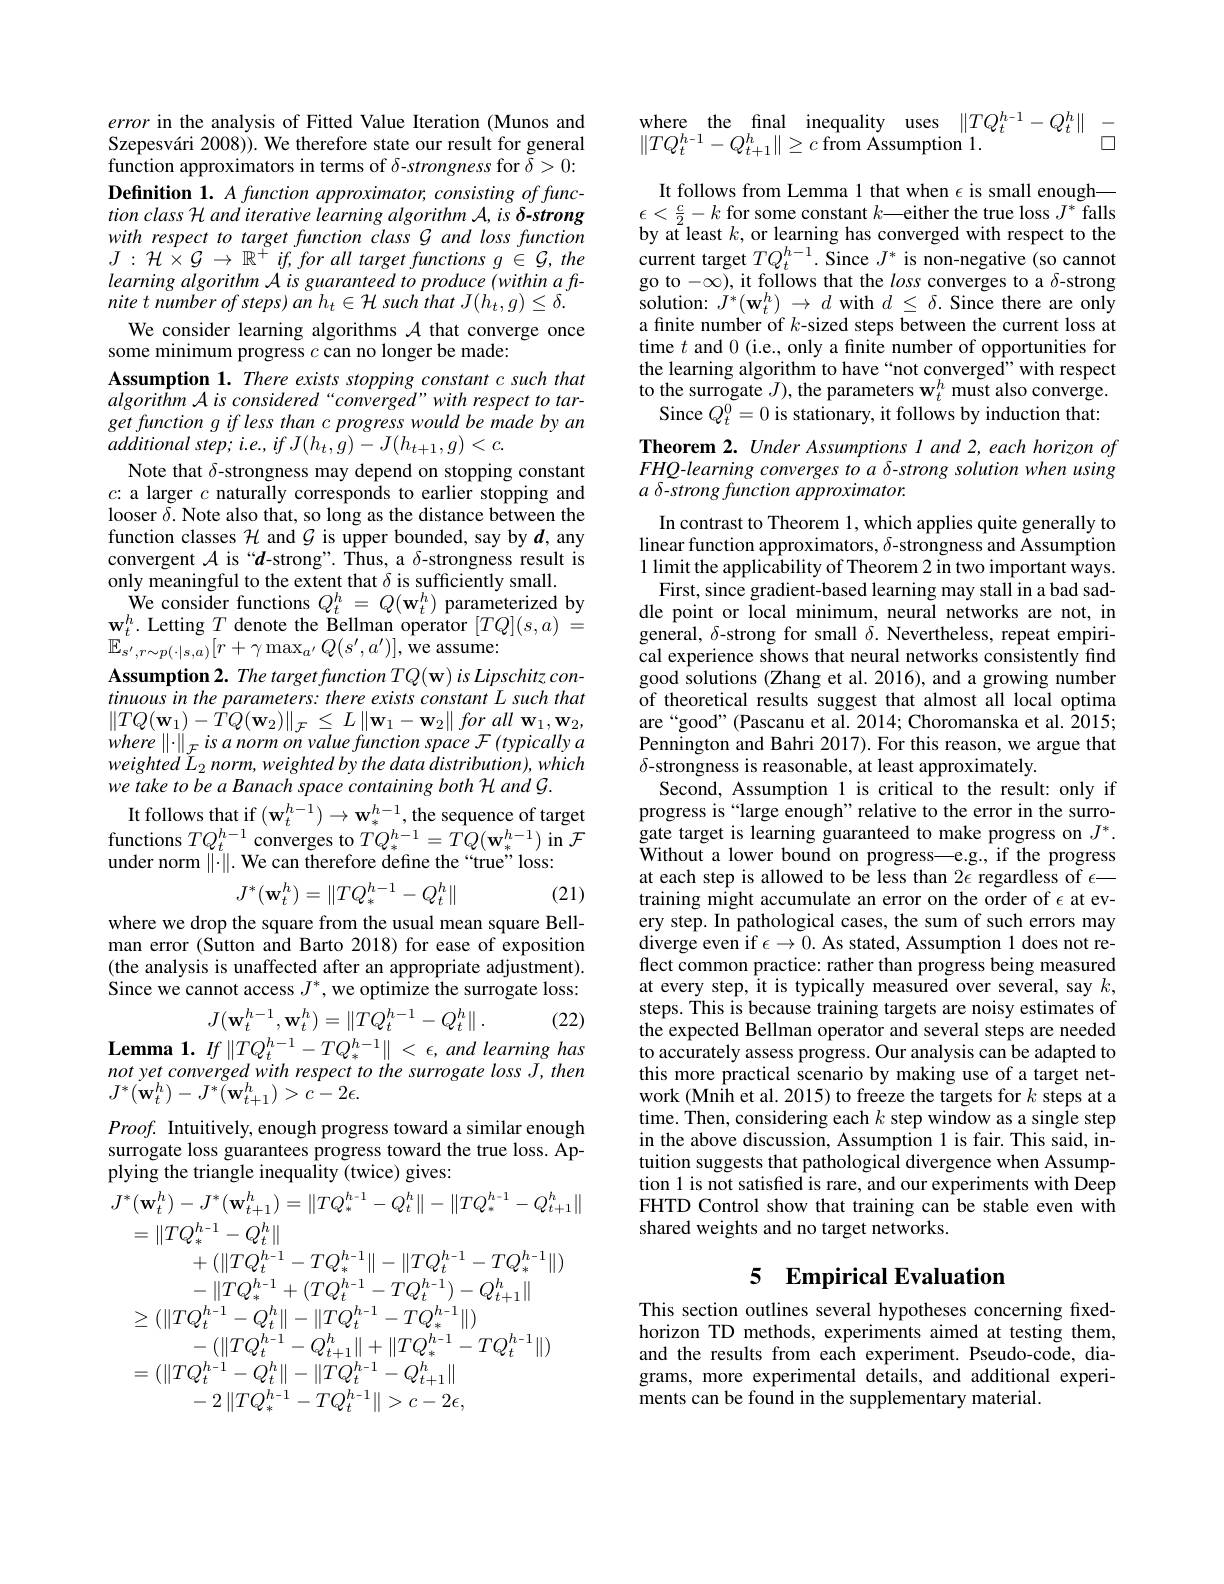
error in the analysis of Fitted Value Iteration (Munos and Szepesvári 2008)). We therefore state our result for general function approximators in terms of $\delta$-strongness for $\delta>0:$ Definition 1. A function approximator, consisting of function class H and iterative learning algorithm A, is δ-strong with respect to target function class G and loss function $J:\mathcal{H}\times\mathcal{G}\to\mathbb{R}^{+}$ if, for all target functions $g\in\mathcal{G},the$ $learningalgorithmAisguaranteedtoproduce(withinaft-1)$ nite $t$ number $of$ $steps)$ $an$ $h_{t}\in \mathcal{H}$ such that $J( h_{t}, g) \leq \delta .$
We consider learning algorithms $\mathcal{A}$ that converge once
some minimum progress $c$ can no longer be made:
Assumption 1. There exists stopping constant c such that algorithm A is considered“converged”with respect to target function g if less than c progress would be made by an additional $step;$ $i. e. $, $if$ $J( h_{t}, g) - J( h_{t+ 1}, g) < c.$
Note that $\delta$-strongness may depend on stopping constant $c{:}$ a larger $c$ naturally corresponds to earlier stopping and looser $\tilde{\delta}.$ Note also that, so long as the distance between the function classes $\mathcal{H}$ and $\mathcal{G}$ is upper bounded, say by $\boldsymbol{d}$,any convergent $\mathcal{A}$ is “$d$-strong”. Thus, a $\delta$-strongness result is only meaningful to the extent that $\delta$ is sufficiently small.
${\dot{\mathrm{We~consider~functions~}}}Q_{t}^{h}=Q({\mathbf{w}}_{t}^{h}){\dot{\text{parameterized by}}}$ $\mathbf{w}_{t}^{h}.$ Letting $T$ denote the Bellman operator $[TQ](s,a)=$ $\mathbb{E}_{s^{\prime},r\sim p(\cdot|s,a)}^{\iota}[r+\gamma\max_{a^{\prime}}Q(s^{\prime},a^{\prime})]$,we assume:
$\mathbf{Assumption2. ~The~target~function~}TQ( \mathbf{w} )$ $is$ Lipschitz $con-$ tinuous in the parameters: there exists constant L such that $\| TQ( \mathbf{w} _{1}) - TQ( \mathbf{w} _{2}) \| _{\mathcal{F} }\leq L\left \| \mathbf{w} _{1}- \mathbf{w} _{2}\right \| for$ all $\mathbf{w} _{1}, \mathbf{w} _{2}$, $where\left\|\cdot\right\|_{\mathcal{F}}isanormonvaluefunctionspace\mathcal{F}\left(typically\right.a$ $weighted~L_{2}~norm,~weighted~by~the~data~distribution),~which$ we take to be a Banach space containing both H and G.
It follows that if $(\mathbf{w}_{t}^{h-1})\to\mathbf{w}_{*}^{h-1}$,the sequence of target functions $TQ_{t}^{h-1}$ converges to $TQ_{*}^{h-1}=TQ(\mathbf{w}_{*}^{h-1})$ in $\mathcal{F}$ under norm $\|\cdot\|.$ We can therefore define the “true”loss:
$$J^*(\mathbf{w}_t^h)=\|TQ_*^{h-1}-Q_t^h\|$$
(21)

where we drop the square from the usual mean square Bell-

man error (Sutton and Barto 2018) for ease of exposition (the analysis is unaffected after an appropriate adjustment). Since we cannot access $J^*$, we optimize the surrogate loss:
$$J(\mathbf{w}_t^{h-1},\mathbf{w}_t^h)=\|TQ_t^{h-1}-Q_t^h\|\:.$$
(22)
Lemma 1. $If\left\|TQ_{t}^{h-1}-TQ_{*}^{h-1}\right\|<\epsilon$, and learning has

not yet converged with respect to the surrogate loss J, then
$J^{*}(\mathbf{w}_{t}^{h})-J^{*}(\mathbf{w}_{t+1}^{h})>c-2\epsilon.$

$Proof.$ Intuitively, enough progress toward a similar enough surrogate loss guarantees progress toward the true loss. Applying the triangle inequality (twice) gives:
$$\begin{aligned}&J^{*}(\mathbf{w}_{t}^{h})-J^{*}(\mathbf{w}_{t+1}^{h})=\|TQ_{*}^{h-1}-Q_{t}^{h}\|-\|TQ_{*}^{h-1}-Q_{t+1}^{h}\|\\&=\|TQ_{*}^{h-1}-Q_{t}^{h}\|\\&+(\|TQ_{t}^{h-1}-TQ_{*}^{h-1}\|-\|TQ_{t}^{h-1}-TQ_{*}^{h-1}\|)\\&-\|TQ_{*}^{h-1}+(TQ_{t}^{h-1}-TQ_{t}^{h-1})-Q_{t+1}^{h}\|\\&\geq(\|TQ_{t}^{h-1}-Q_{t}^{h}\|-\|TQ_{t}^{h-1}-TQ_{*}^{h-1}\|)\\&-(\|TQ_{t}^{h-1}-Q_{t+1}^{h}\|+\|TQ_{*}^{h-1}-TQ_{t}^{h-1}\|)\\&=(\|TQ_{t}^{h-1}-Q_{t}^{h}\|-\|TQ_{t}^{h-1}-Q_{t+1}^{h}\|\\&-2\|TQ_{*}^{h-1}-TQ_{t}^{h-1}\|>c-2\epsilon,\end{aligned}$$
$$\begin{array}{ll}\mathrm{where}\quad\mathrm{the}\quad\mathrm{final}\quad\mathrm{inequality}\quad\mathrm{uses}\quad\|TQ_t^{h-1}-Q_t^h\|&-\\\|TQ_t^{h-1}-Q_{t+1}^h\|\geq c\text{from Assumption}1.&\square\end{array}$$
It follows from Lemma 1 that when $\epsilon$ is small enough— $\epsilon<\frac{c}{2}-k$ for some constant $k—$either the true loss $J^*$ falls by at least $k$, or learning has converged with respect to the current target $TQ_{t}^{h-1}.$ Since $J^*$ is non-negative (so cannot go to $-\infty)$, it follows that the loss converges to a $\delta$-strong solution: $J^*(\mathbf{w}_{t}^{h})\to d$ with $d\leq\delta.$ Since there are only a finite number of $k$-sized steps between the current loss at time $t$ and 0 (i.e., only a finite number of opportunities for the learning algorithm to have “not converged”with respect to the surrogate $J)$, the parameters $\mathbf{w}_t^{h}$ must also converge.
Since $Q_t^0=0$ is stationary, it follows by induction that:

Theorem 2. Under Assumptions I and 2, each horizon of FHQ-learning converges to a δ-strong solution when using $a$ δ-strong function approximator.

In contrast to Theorem 1, which applies quite generally to linear function approximators, $\delta$-strongness and Assumption 1 limit the applicability of Theorem 2 in two important ways. First, since gradient-based learning may stall in a bad sad-
dle point or local minimum, neural networks are not, in general, $\delta$-strong for small $\delta.$ Nevertheless, repeat empirical experience shows that neural networks consistently find good solutions (Zhang et al. 2016), and a growing number of theoretical results suggest that almost all local optima are“good”(Pascanu et al. 2014; Choromanska et al. 2015; Pennington and Bahri 2017). For this reason, we argue that $\delta$-strongness is reasonable, at least approximately.
Second, Assumption 1 is critical to the result: only if progress is “large enough”relative to the error in the surrogate target is learning guaranteed to make progress on $J^*.$ ${\mathrm{Without~a~lower~bound~on~progress-e.g.,~if~the~progress}}$ at each step is allowed to be less than $2\epsilon$ regardless of $\epsilon-$ training might accumulate an error on the order of $\epsilon$ at every step. In pathological cases, the sum of such errors may diverge even if $\epsilon\to0.$ As stated, Assumption 1 does not reflect common practice: rather than progress being measured at every step, it is typically measured over several, say $k$, steps. This is because training targets are noisy estimates of the expected Bellman operator and several steps are needed to accurately assess progress. Our analysis can be adapted to this more practical scenario by making use of a target network (Mnih et al. 2015) to freeze the targets for $k$ steps at a time. Then, considering each $k$ step window as a single step in the above discussion, Assumption 1 is fair. This said, intuition suggests that pathological divergence when Assumption 1 is not satisfied is rare, and our experiments with Deep FHTD Control show that training can be stable even with shared weights and no target networks.

# 5 Empirical Evaluation

This section outlines several hypotheses concerning fixedhorizon TD methods, experiments aimed at testing them, and the results from each experiment. Pseudo-code, diagrams, more experimental details, and additional experiments can be found in the supplementary material.